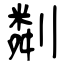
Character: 㔂